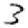
Digit: 3